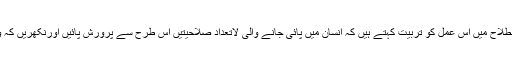
اصطلاح میں تربیّت اصطلاح میں اس عمل کو تربیّت کہتے ہیں کہ انسان میں پائی جانے والی لاتعداد صلاحیّتیں اس طرح سے پرورش پائیں اورنکھریں کہ وہ کمال تک پہنچ جائے۔